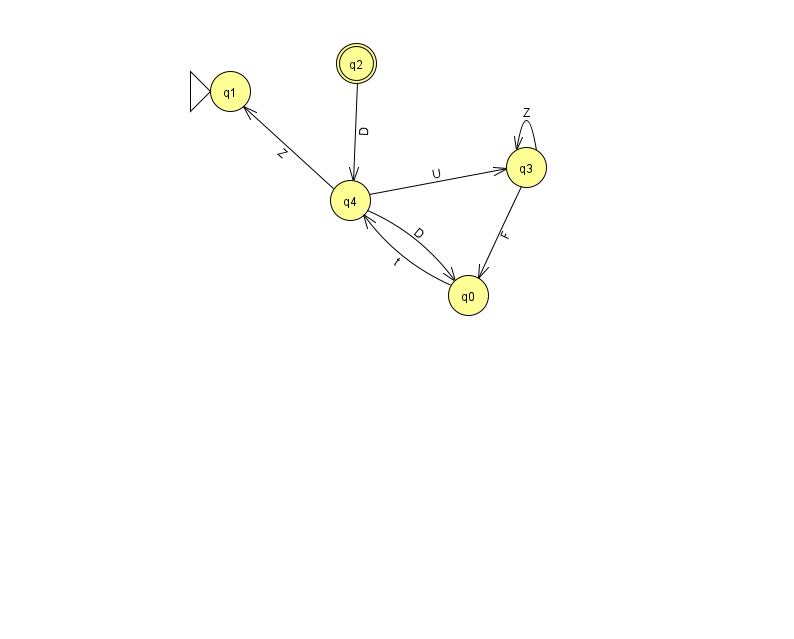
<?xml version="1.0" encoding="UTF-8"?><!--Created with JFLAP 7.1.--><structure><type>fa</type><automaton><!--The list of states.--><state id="0" name="q0"><x>468.0</x><y>282.0</y></state><state id="1" name="q1"><x>230.0</x><y>78.0</y><initial/></state><state id="2" name="q2"><x>356.0</x><y>50.0</y><final/></state><state id="3" name="q3"><x>526.0</x><y>154.0</y></state><state id="4" name="q4"><x>350.0</x><y>187.0</y></state><!--The list of transitions.--><transition><from>3</from><to>0</to><read>F</read></transition><transition><from>4</from><to>1</to><read>Z</read></transition><transition><from>0</from><to>4</to><read>t</read></transition><transition><from>2</from><to>4</to><read>D</read></transition><transition><from>4</from><to>0</to><read>D</read></transition><transition><from>3</from><to>3</to><read>Z</read></transition><transition><from>4</from><to>3</to><read>U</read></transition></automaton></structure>